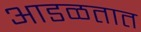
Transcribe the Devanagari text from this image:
अाडळतात